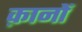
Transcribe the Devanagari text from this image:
क़ानों